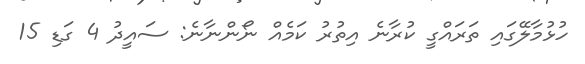
ހުޅުމާލޭގައި ތަރައްގީ ކުރާނެ އިތުރު ކަމެއް ނޯންނާނެ: ސައީދު 4 ގަޑި 15